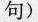
句)